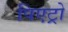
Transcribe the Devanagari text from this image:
पिएट्रो